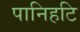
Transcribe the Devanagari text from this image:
पानिहटि